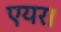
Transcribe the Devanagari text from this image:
एयर।